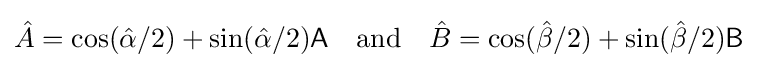
{\hat {A}}=\cos({\hat {\alpha }}/2)+\sin({\hat {\alpha }}/2){\mathsf {A}}\quad {\text{and}}\quad {\hat {B}}=\cos({\hat {\beta }}/2)+\sin({\hat {\beta }}/2){\mathsf {B}}